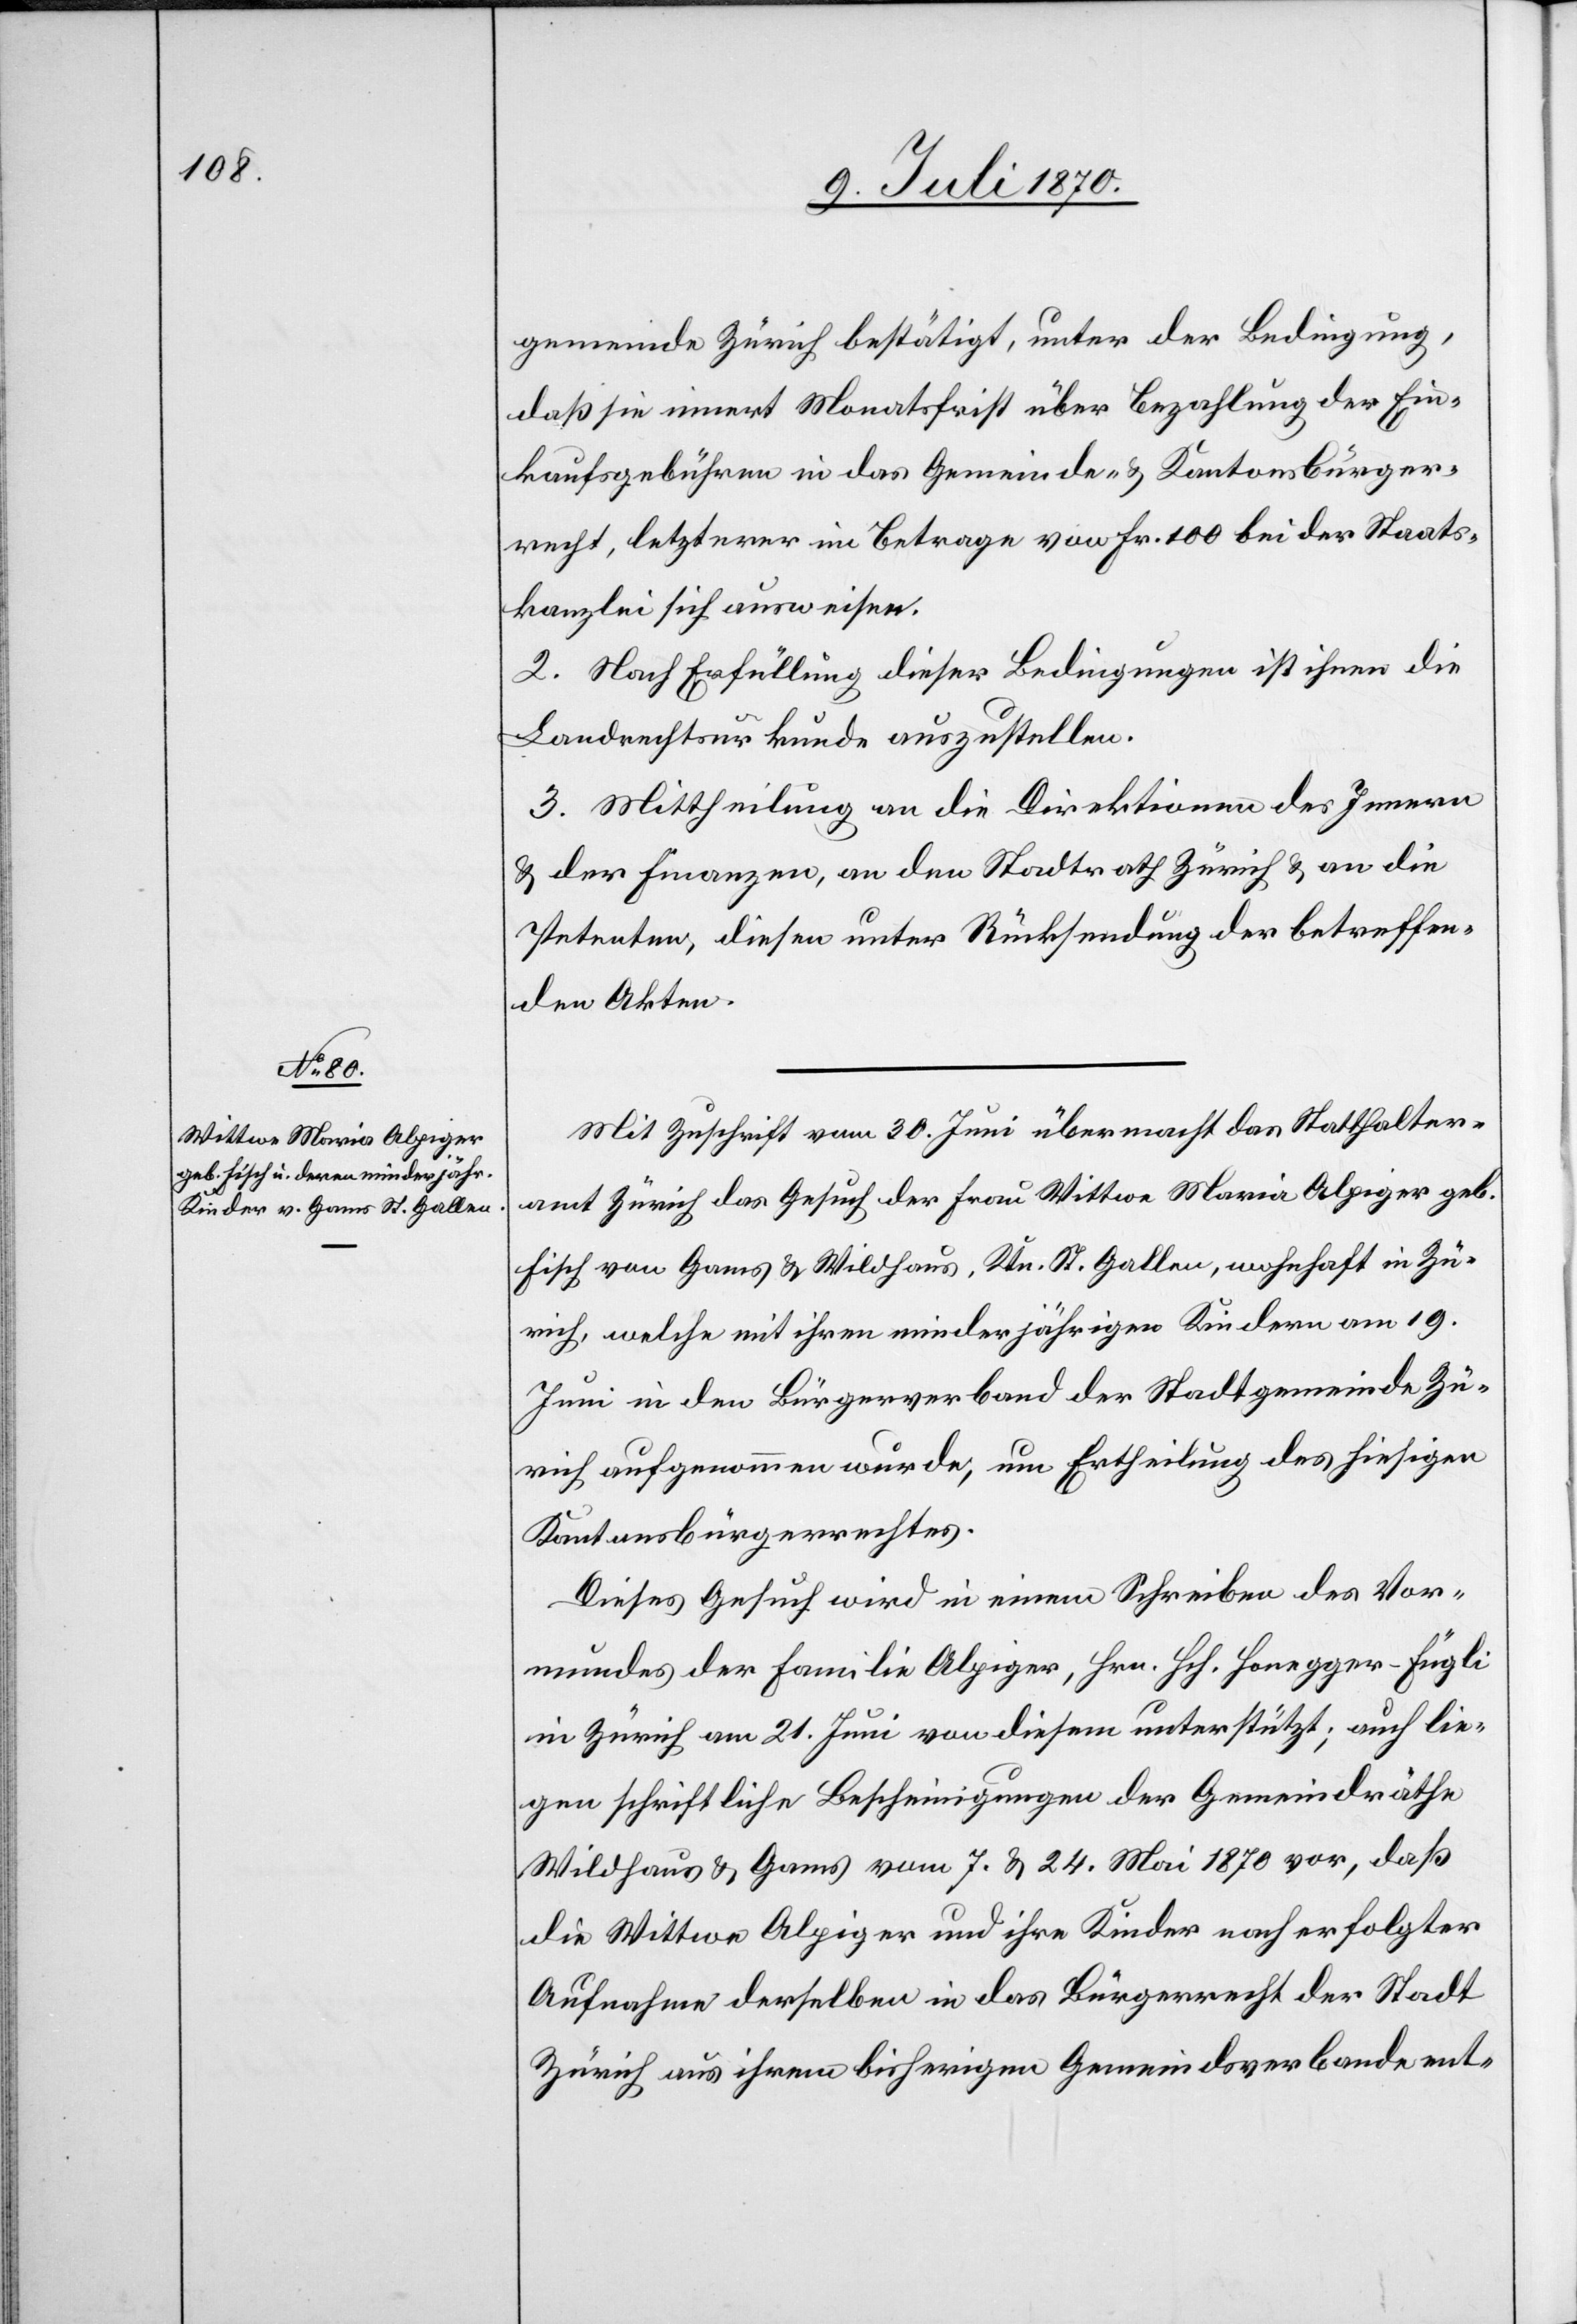
gemeinde Zürich bestätigt, unter der Bedingung,
daß sie innert Monatsfrist über Bezahlung der Ein¬
kaufsgebühren in das Gemeinde- & Kantonsbürger¬
recht, letzterer im Betrage von Fr. 100 bei der Staats¬
kanzlei sich ausweise.
2. Nach Erfüllung dieser Bedingungen ist ihnen die
Landrechtsurkunde auszustellen.
3. Mittheilung an die Direktionen des Innern
& der Finanzen, an den Stadtrath Zürich & an die
Petenten, diesen unter Rücksendung der betreffen¬
den Akten.
Mit Zuschrift vom 30. Juni übermacht das Statthalter¬
amt Zürich das Gesuch der Frau Wittwe Maria Alpiger geb.
Fisch von Gams & Wildhaus, Ktn. St. Gallen, wohnhaft in Zü¬
rich, welche mit ihren minderjährigen Kindern am 19.
Juni in den Bürgerverband der Stadtgemeinde Zü¬
rich aufgenommen wurde, um Ertheilung des hiesigen
Kantonsbürgerrechtes.
Dieses Gesuch wird in einem Schreiben des Vor¬
mundes der Familie Alpiger, Hrn. Hch. Honegger-Fügli
in Zürich am 21. Juni von diesem unterstützt; auch lie¬
gen schriftliche Bescheinigungen der Gemeindräthe
Wildhaus & Gams vom 7. & 24. Mai 1870 vor, daß
die Wittwe Alpiger und ihre Kinder nach erfolgter
Aufnahme derselben in das Bürgerrecht der Stadt
Zürich aus ihrem bisherigen Gemeindsverbande ent-